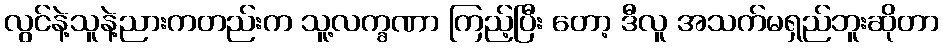
လွင်နဲ့သူနဲ့ညားကတည်းက သူ့လက္ခဏာ ကြည့်ပြီး တော့ ဒီလူ အသက်မရှည်ဘူးဆိုတာ